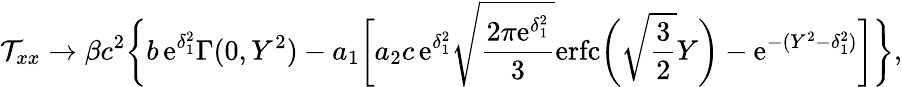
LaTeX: \mathcal{T}_{xx}\to\beta c^{2}\biggl\{ b\, \textrm{e}^{\delta_{1}^{2}}\Gamma(0,Y^{2})-a_{1}\biggl[a_{2}c\, \textrm{e}^{\delta_{1}^{2}}\sqrt{\frac{2\pi\textrm{e}^{\delta_{1}^{2}}}{3}}\textrm{erfc}\biggl(\sqrt{\frac{3}{2}}Y\biggr)-\textrm{e}^{-(Y^{2}-\delta_{1}^{2})}\biggr]\biggr\} ,